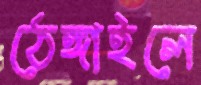
ঠেঙ্গাইলে